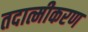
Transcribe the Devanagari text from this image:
तदात्मीकरण